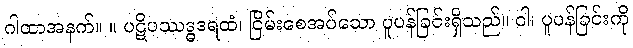
ဂါထာအနက်။ ။ ပဋိပဿဒ္ဓဒရထံ၊ ငြိမ်းစေအပ်သော ပူပန်ခြင်းရှိသည်။ ဝါ၊ ပူပန်ခြင်းကို